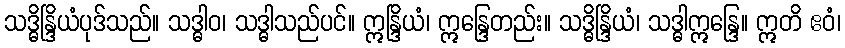
သဒ္ဓိန္ဒြိယံပုဒ်သည်။ သဒ္ဓါဝ၊ သဒ္ဓါသည်ပင်။ ဣန္ဒြိယံ၊ ဣန္ဒြေတည်း။ သဒ္ဓိန္ဒြိယံ၊ သဒ္ဓါဣန္ဒြေ။ ဣတိ ဧဝံ၊